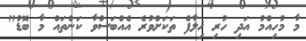
މާ މުހިއްމު އަދި ހުރި ޚިލާފް ތަކަށްވުރެ އެއްބަސްވާ ކަންތައް މާ ބޮޑު"